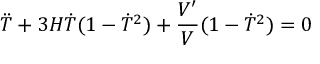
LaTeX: \ddot { T } + 3 H \dot { T } ( 1 - \dot { T } ^ { 2 } ) + \frac { V ^ { \prime } } { V } ( 1 - \dot { T } ^ { 2 } ) = 0